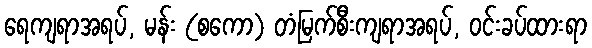
ရေကျရာအရပ်, မန်း (စကော) တံမြက်စီးကျရာအရပ်, ဝင်းခပ်ထားရာ